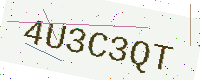
Text: 4U3C3QT